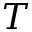
T